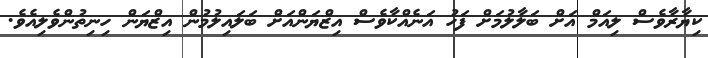
ކިޔާރާވެސް ލިއަމް އަށް ބަލާލުމަށް ފަހު އަނެއްކާވެސް އިޒްޔަންއަށް ބަލައިލުމުން އިޒްޔަން ހިނިތުންވެލިއެވެ.